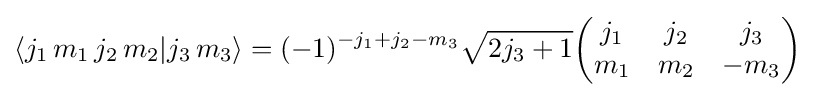
\langle j_{1}\,m_{1}\,j_{2}\,m_{2}|j_{3}\,m_{3}\rangle =(-1)^{-j_{1}+j_{2}-m_{3}}{\sqrt {2j_{3}+1}}{\begin{pmatrix}j_{1}&j_{2}&j_{3}\\m_{1}&m_{2}&-m_{3}\end{pmatrix}}